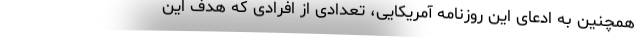
همچنین به ادعای این روزنامه آمریکایی، تعدادی از افرادی که هدف این